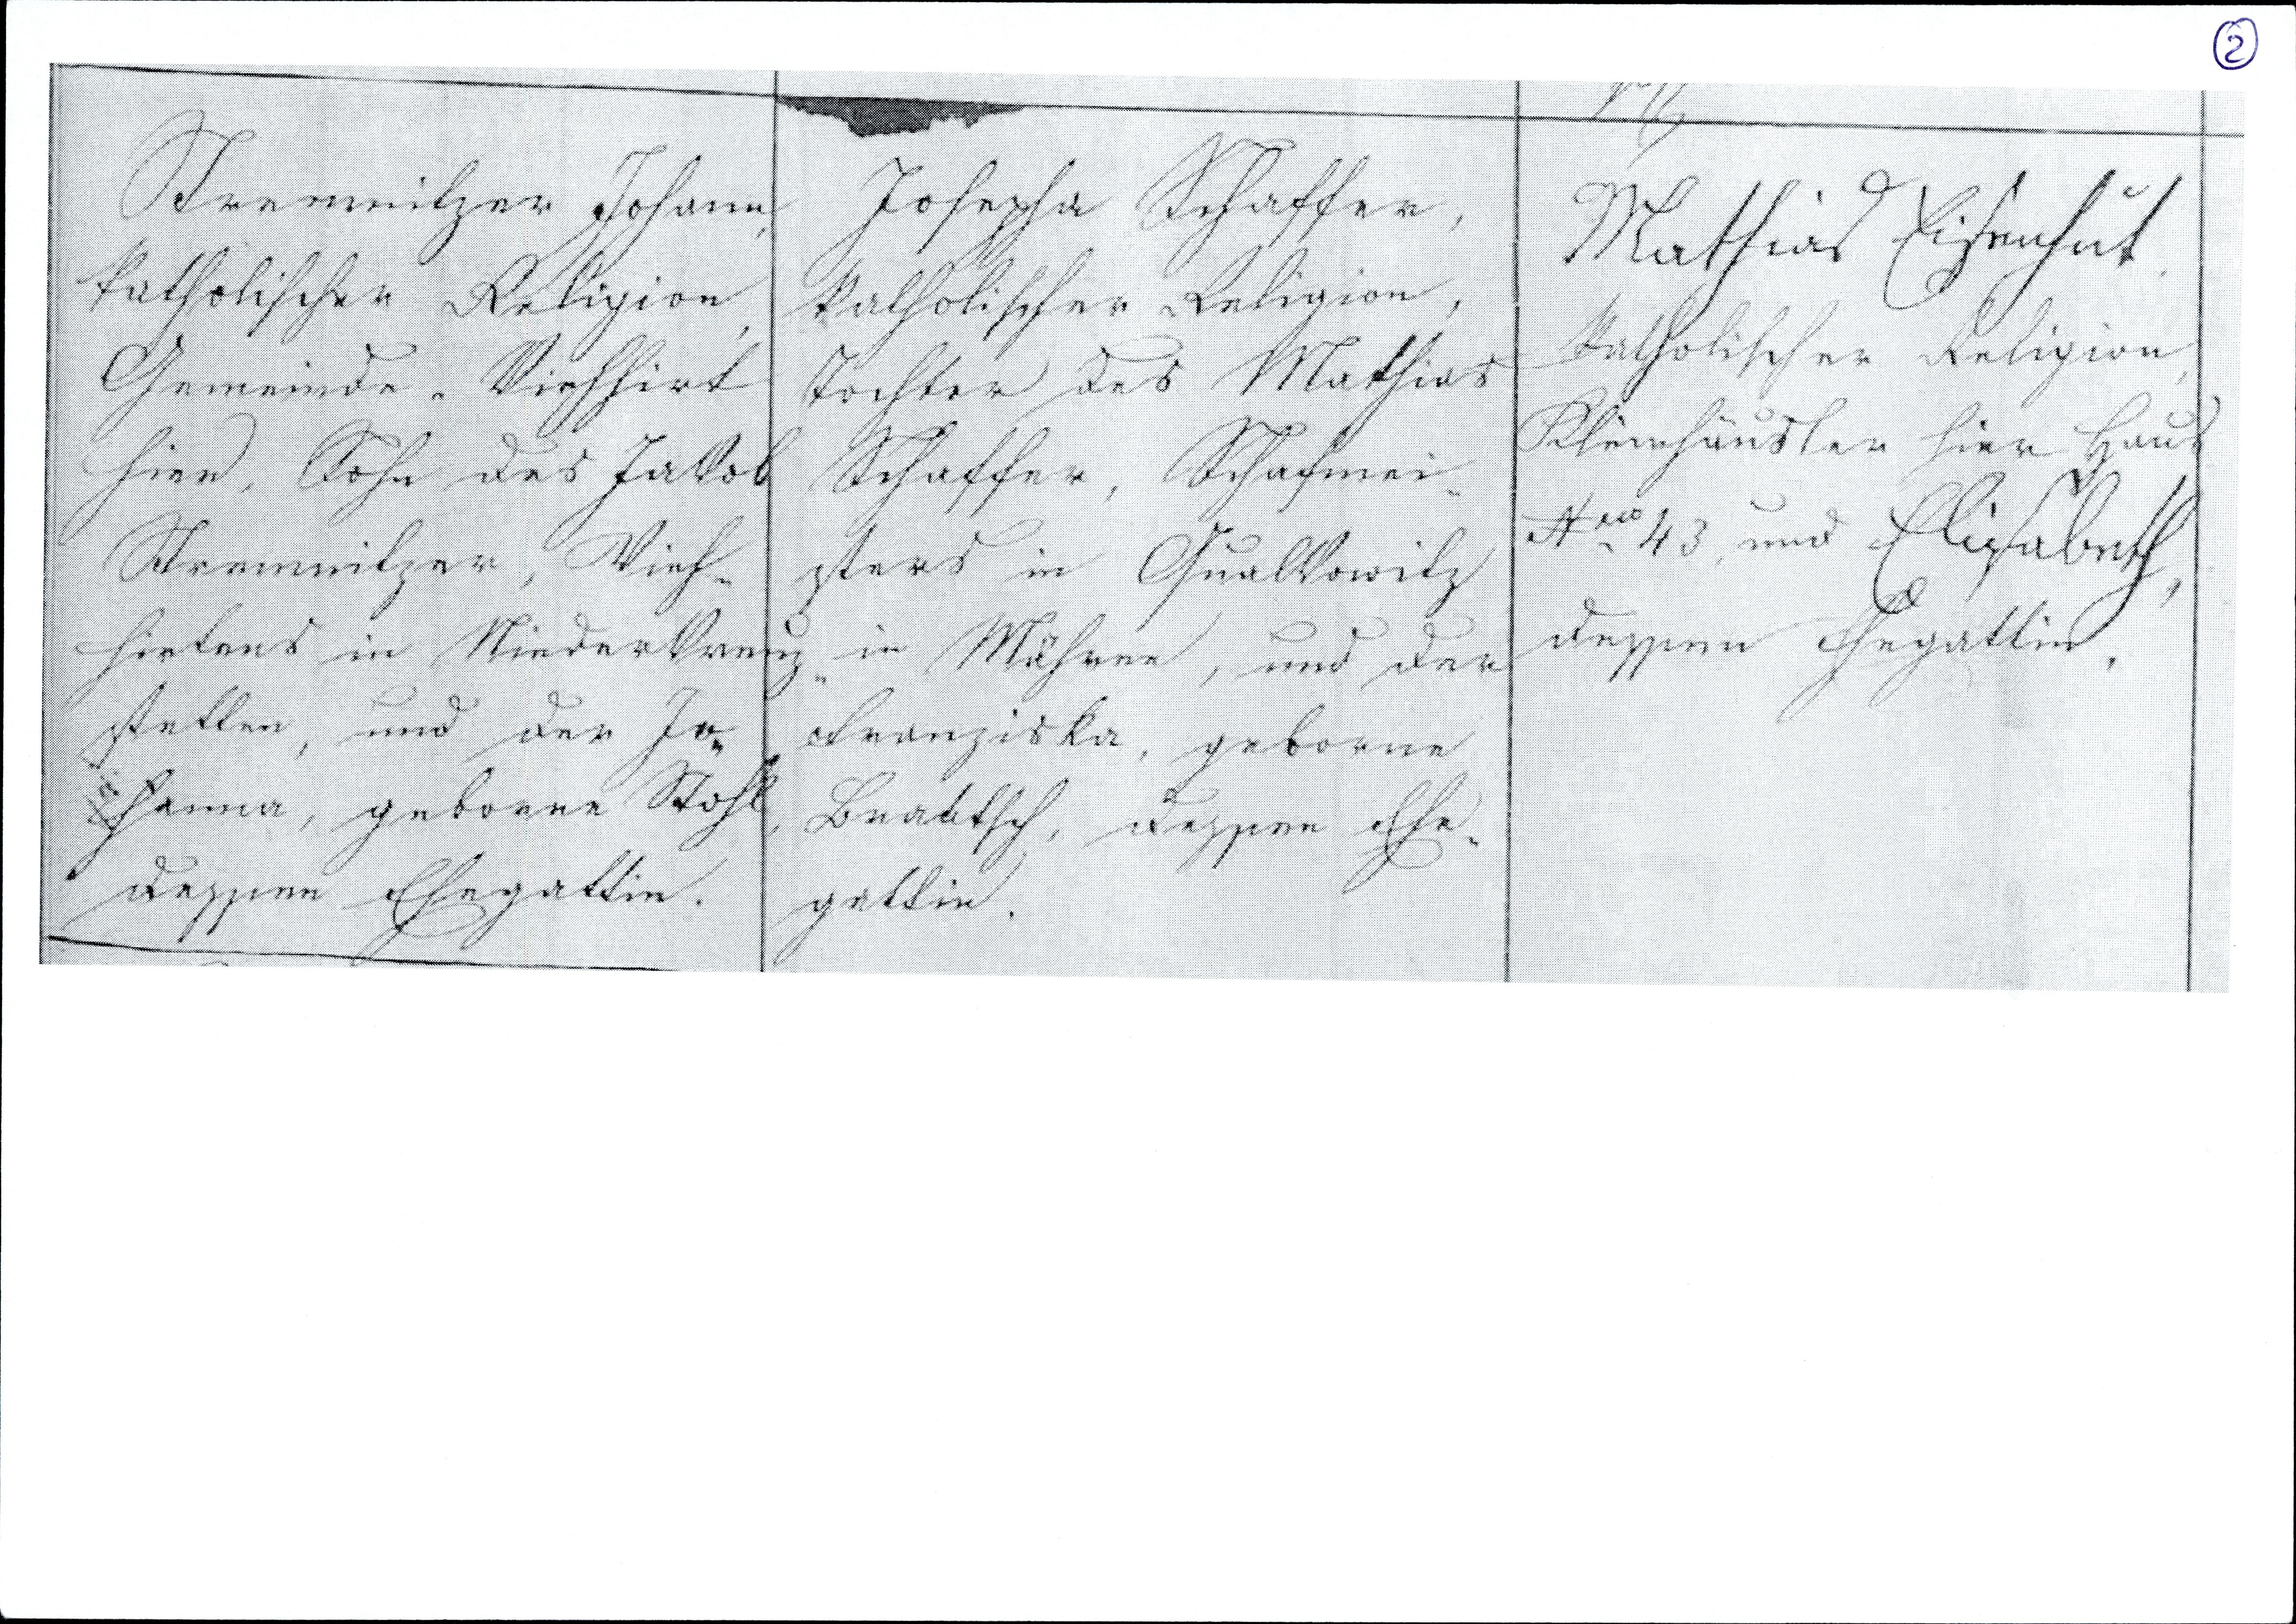
Strewitzer Johann,
katholischer Religion
Gemeinde Viehhirt
hier, Sohn des Jakob
Strewitzer, Vieh¬
hirtens in Niederkrenz¬
stetten, und der Jo¬
hanna, geborene Stohl
dessen Ehegattin.

Josepha Schaffer,
katholischer Religion,
Tochter des Mathias
Schaffer, Schafmei¬
sters in Qualkowitz
in Mähren, und der
Franziska, geborene
Braktsch, dessen Ehe¬
gattin.

Mathias Eisenhut,
katholischer Religion,
Kleinhäusler hier Haus
No. 43, und Elisabeth,
dessen Ehegattin.